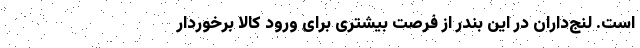
است. لنج‌داران در این بندر از فرصت بیشتری برای ورود کالا برخوردار